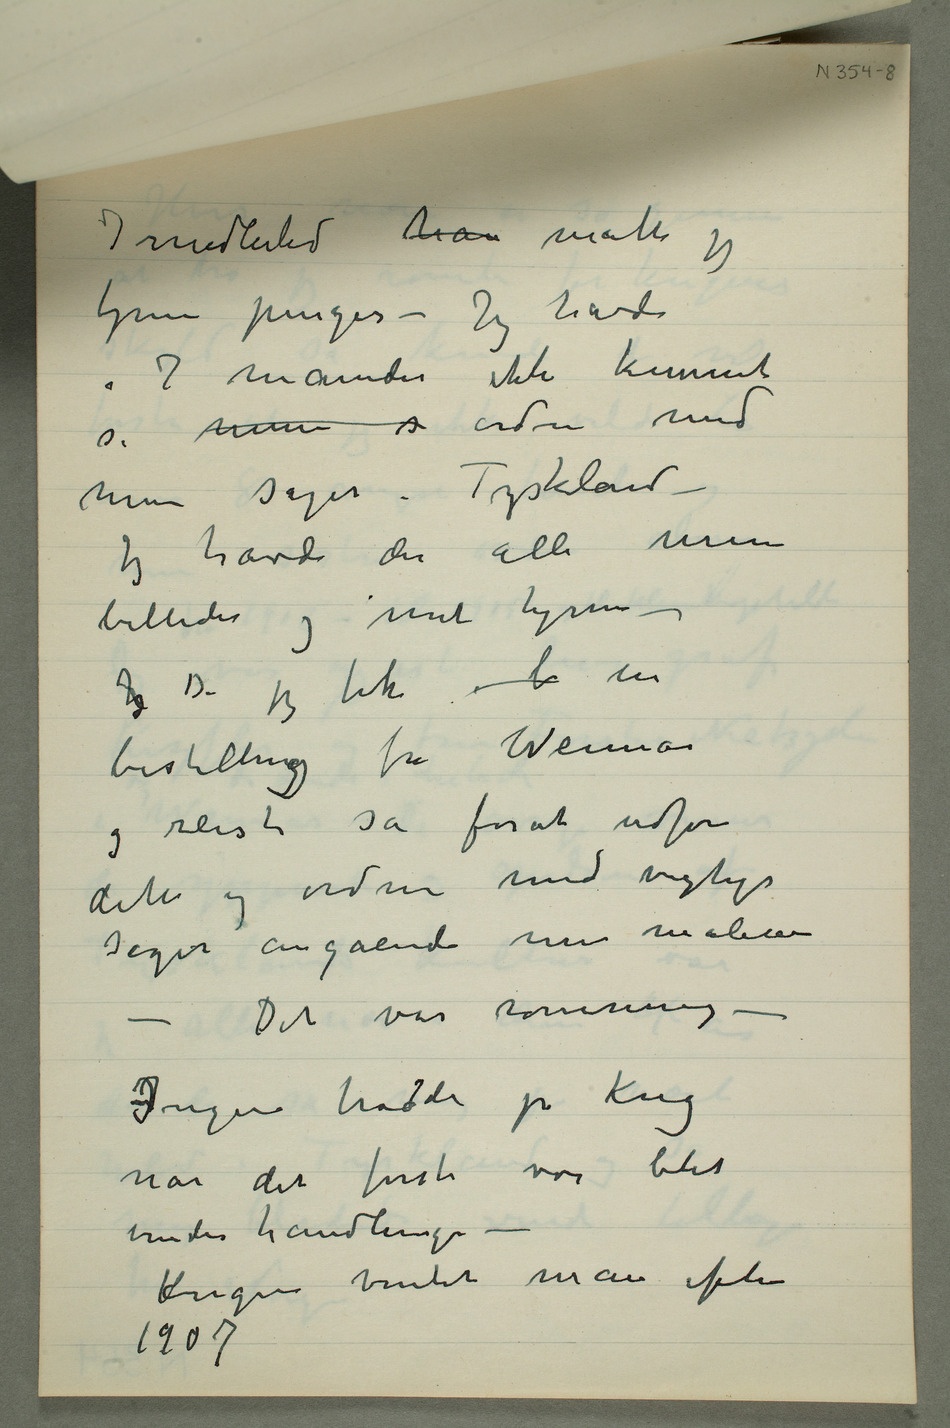
hav måtte jeg
tjene penger – Jeg havde
i 7 måneder ikke kunnet
se mine s ordne med
mine sager i Tyskland –
Jeg havde der alle mine
billeder og mit hjem –
Jeg Da jeg fik b en
bestillingg fra Weimar
og reiste så forat udføre
dette og ordne med vigtige
sager angående mine malerier –
Ingen trodde på krig
når det først var blit
Krigen ventet man efter
1907